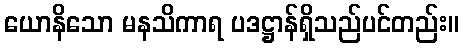
ယောနိသော မနသိကာရ ပဒဋ္ဌာန်ရှိသည်ပင်တည်း။